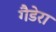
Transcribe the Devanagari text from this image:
गैडेरा